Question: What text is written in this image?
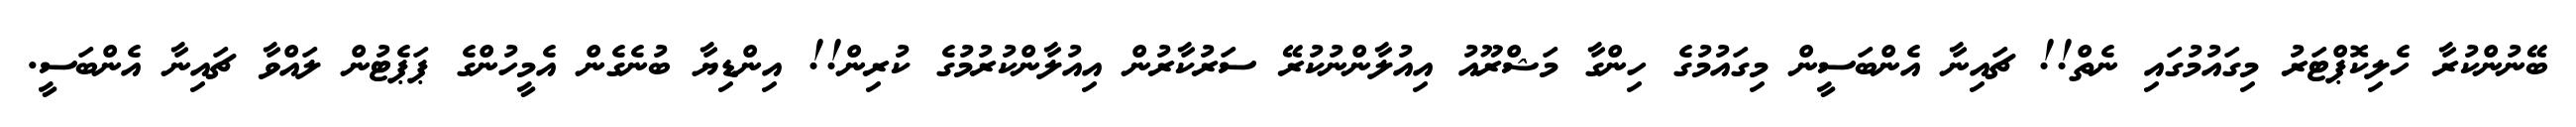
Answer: ބޭނުންކުރާ ހެލިކޮޕްޓަރު މިގައުމުގައި ނެތް!! ޗައިނާ އެންބަސީން މިގައުމުގެ ހިންގާ މަޝްރޫއު އިއުލާންނުކުރޭ ސަރުކާރުން އިއުލާންކުރުމުގެ ކުރިން!! އިންޑިޔާ ބުނެގެން އެމީހުންގެ ޕަޕެޓުން ލައްވާ ޗައިނާ އެންބަސީ.